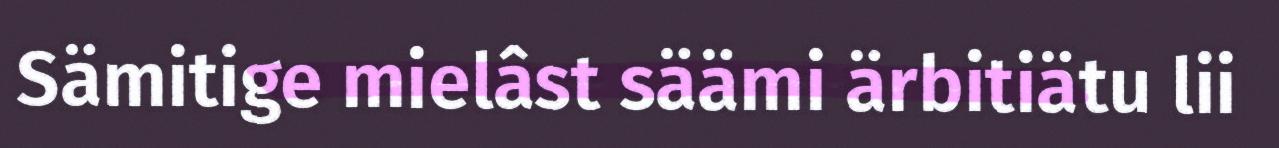
Sämitige mielâst säämi ärbitiätu lii